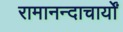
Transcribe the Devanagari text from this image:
रामानन्दाचार्यों